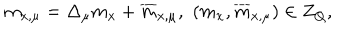
m _ { x , \mu } = \Delta _ { \mu } m _ { x } + \overline { { { m } } } _ { x , \mu } , \, \, ( m _ { x } , \overline { { { m } } } _ { x , \mu } ) \in Z _ { Q } ,